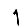
Digit: 1